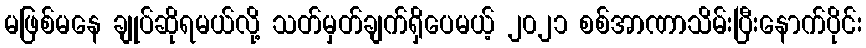
မဖြစ်မနေ ချုပ်ဆိုရမယ်လို့ သတ်မှတ်ချက်ရှိပေမယ့် ၂၀၂၁ စစ်အာဏာသိမ်းပြီးနောက်ပိုင်း